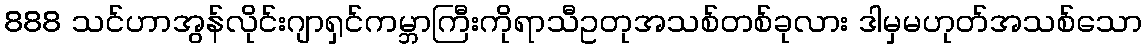
888 သင်ဟာအွန်လိုင်းဂျာရှင်ကမ္ဘာကြီးကိုရာသီဥတုအသစ်တစ်ခုလား ဒါမှမဟုတ်အသစ်သော